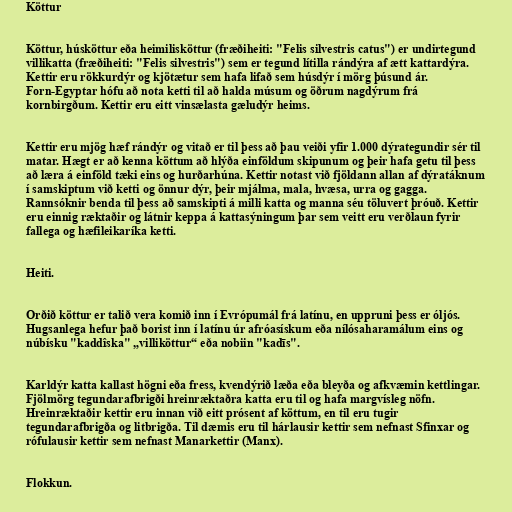
Köttur

Köttur, húsköttur eða heimilisköttur (fræðiheiti: "Felis silvestris catus") er undirtegund
villikatta (fræðiheiti: "Felis silvestris") sem er tegund lítilla rándýra af ætt kattardýra.
Kettir eru rökkurdýr og kjötætur sem hafa lifað sem húsdýr í mörg þúsund ár.
Forn-Egyptar hófu að nota ketti til að halda músum og öðrum nagdýrum frá
kornbirgðum. Kettir eru eitt vinsælasta gæludýr heims.

Kettir eru mjög hæf rándýr og vitað er til þess að þau veiði yfir 1.000 dýrategundir sér til
matar. Hægt er að kenna köttum að hlýða einföldum skipunum og þeir hafa getu til þess
að læra á einföld tæki eins og hurðarhúna. Kettir notast við fjöldann allan af dýratáknum
í samskiptum við ketti og önnur dýr, þeir mjálma, mala, hvæsa, urra og gagga.
Rannsóknir benda til þess að samskipti á milli katta og manna séu töluvert þróuð. Kettir
eru einnig ræktaðir og látnir keppa á kattasýningum þar sem veitt eru verðlaun fyrir
fallega og hæfileikaríka ketti.

Heiti.

Orðið köttur er talið vera komið inn í Evrópumál frá latínu, en uppruni þess er óljós.
Hugsanlega hefur það borist inn í latínu úr afróasískum eða nílósaharamálum eins og
núbísku "kaddîska" „villiköttur“ eða nobiin "kadīs".

Karldýr katta kallast högni eða fress, kvendýrið læða eða bleyða og afkvæmin kettlingar.
Fjölmörg tegundarafbrigði hreinræktaðra katta eru til og hafa margvísleg nöfn.
Hreinræktaðir kettir eru innan við eitt prósent af köttum, en til eru tugir
tegundarafbrigða og litbrigða. Til dæmis eru til hárlausir kettir sem nefnast Sfinxar og
rófulausir kettir sem nefnast Manarkettir (Manx).

Flokkun.